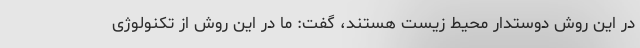
در این روش دوستدار محیط زیست هستند، گفت: ما در این روش از تکنولوژی